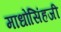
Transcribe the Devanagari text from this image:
माधोसिंहजी